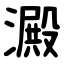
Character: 澱